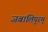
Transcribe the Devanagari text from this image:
जबालिपुरम्